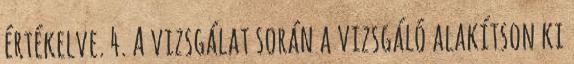
értékelve. 4. A vizsgálat során a vizsgáló alakítson ki